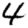
Digit: 4